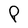
Character: P